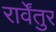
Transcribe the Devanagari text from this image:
रार्वेंतुर